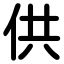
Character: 供